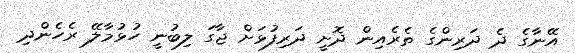
އޭނާގެ ދެ ދަރިންގެ ތެރެއިން ދޮށީ ދަރިފުޅަށް ޖާގަ ލިބުނީ ހުޅުމާލޭ ރެހެންދި